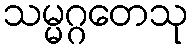
သမ္မဂ္ဂတေသု